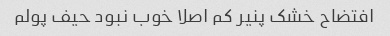
افتضاح خشک پنیر کم اصلا خوب نبود حیف پولم